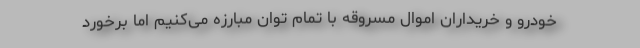
خودرو و خریداران اموال مسروقه با تمام توان مبارزه می‌کنیم اما برخورد